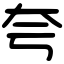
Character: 夸